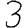
Digit: 3